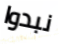
نبدوا